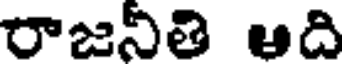
రాజనీతి ఆది